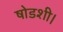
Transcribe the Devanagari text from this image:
षोडशी।